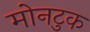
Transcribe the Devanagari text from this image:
मोनटुक